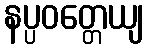
နပ္ပဝတ္တေယျ